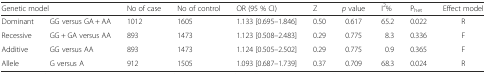
| <COLSPAN=2> Genetic model | No of case | No of control | OR (95 % CI) | Z | p value | I2% | Phet | Effect model |
 | --- | --- | --- | --- | --- | --- | --- | --- | --- | --- |
 | Dominant | GG versus GA + AA | 1012 | 1605 | 1.133 [0.695–1.846] | 0.50 | 0.617 | 65.2 | 0.022 | R |
 | Recessive | GG + GA versus AA | 893 | 1473 | 1.123 [0.508–2.483] | 0.29 | 0.775 | 8.3 | 0.336 | F |
 | Additive | GG versus AA | 893 | 1473 | 1.124 [0.505–2.502] | 0.29 | 0.775 | 0.9 | 0.365 | F |
 | Allele | G versus A | 912 | 1505 | 1.093 [0.687–1.739] | 0.37 | 0.709 | 68.3 | 0.024 | R |